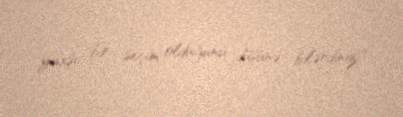
yaxşı bir seçim olduğunu düşünə bilərdiniz?.